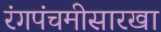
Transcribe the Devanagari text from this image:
रंगपंचमीसारखा